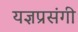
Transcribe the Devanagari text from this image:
यज्ञप्रसंगी